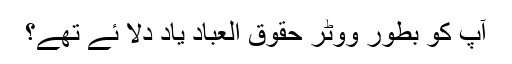
آپ کو بطور ووٹر حقوق العباد یاد دلا ئے تھے؟